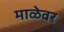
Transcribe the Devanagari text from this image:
माळेवर